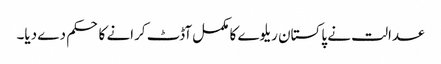
عدالت نے پاکستان ریلوے کا مکمل آڈٹ کرانے کا حکم دے دیا۔